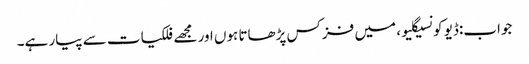
جواب:ڈیو کونسیگلیو، میں فزکس پڑھاتا ہوں اور مجھے فلکیات سے پیار ہے۔